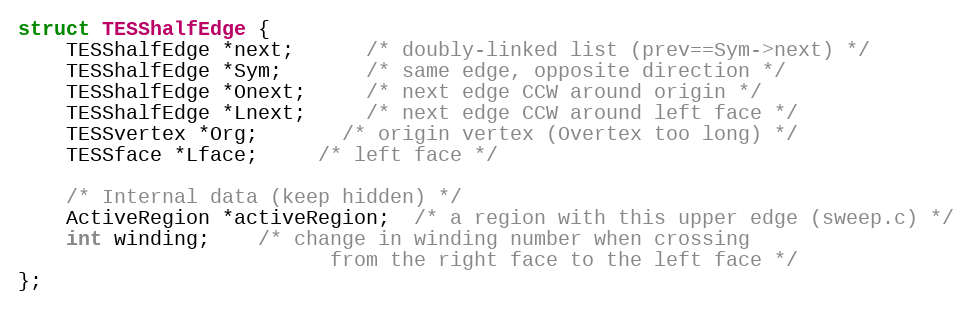
Language: C
struct TESShalfEdge {
	TESShalfEdge *next;      /* doubly-linked list (prev==Sym->next) */
	TESShalfEdge *Sym;       /* same edge, opposite direction */
	TESShalfEdge *Onext;     /* next edge CCW around origin */
	TESShalfEdge *Lnext;     /* next edge CCW around left face */
	TESSvertex *Org;       /* origin vertex (Overtex too long) */
	TESSface *Lface;     /* left face */

	/* Internal data (keep hidden) */
	ActiveRegion *activeRegion;  /* a region with this upper edge (sweep.c) */
	int winding;    /* change in winding number when crossing
						  from the right face to the left face */
};